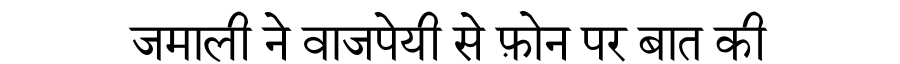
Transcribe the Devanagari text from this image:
जमाली ने वाजपेयी से फ़ोन पर बात की